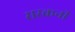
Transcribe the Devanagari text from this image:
सरकनी